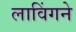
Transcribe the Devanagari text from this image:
लाविंगने